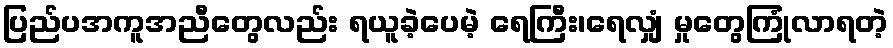
ပြည်ပအကူအညီတွေလည်း ရယူခဲ့ပေမဲ့ ရေကြီး၊ရေလျှံ မှုတွေကြုံလာရတဲ့